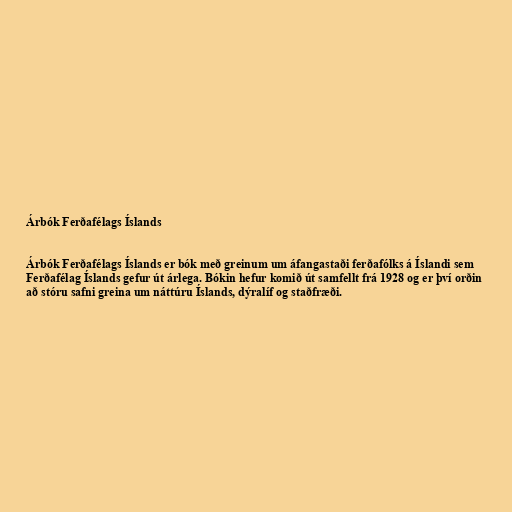
Árbók Ferðafélags Íslands

Árbók Ferðafélags Íslands er bók með greinum um áfangastaði ferðafólks á Íslandi sem
Ferðafélag Íslands gefur út árlega. Bókin hefur komið út samfellt frá 1928 og er því orðin
að stóru safni greina um náttúru Íslands, dýralíf og staðfræði.